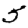
Digit: 5